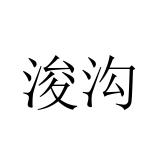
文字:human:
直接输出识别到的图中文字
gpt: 浚沟